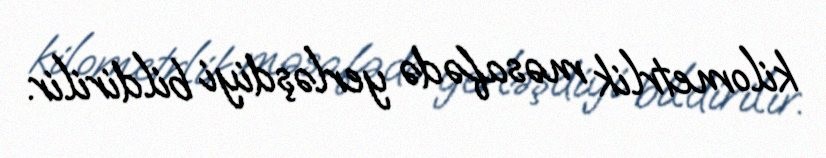
kilometrlik məsafədə yerləşdiyi bildirilir.